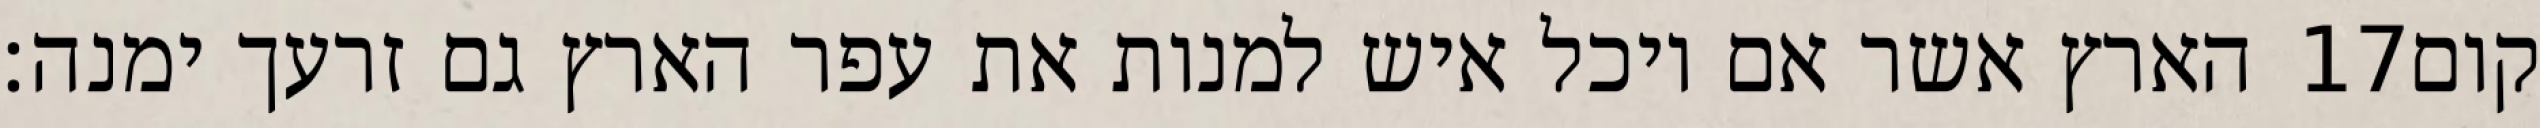
הארץ אשר אם יוכל איש למנות את עפר הארץ גם זרעך ימנה׃ ‎17‏ קום